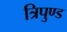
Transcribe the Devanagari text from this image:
त्रिपुण्ड